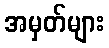
အမှတ်များ